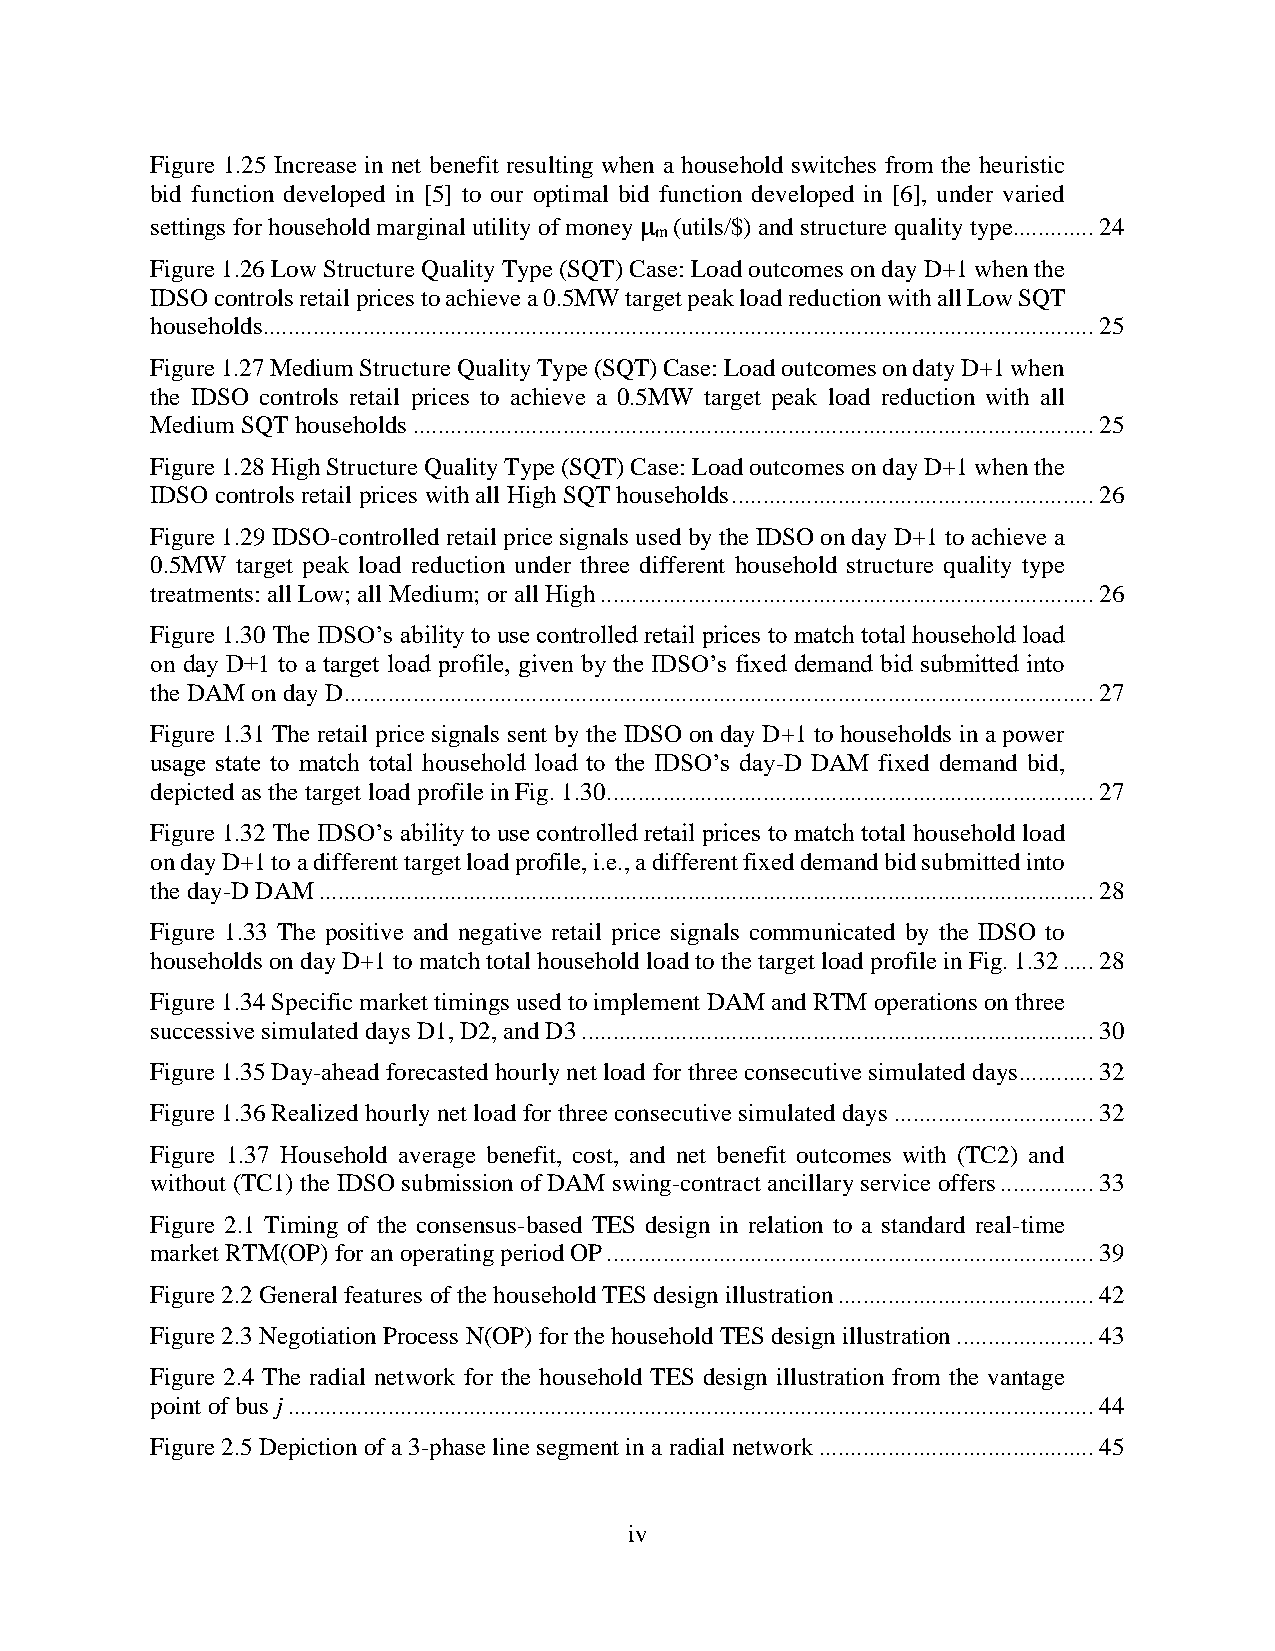
Figure 1.25 Increase in net benefit resulting when a household switches from the heuristic
 bid function developed in [5] to our optimal bid function developed in [6], under varied
 settings for household marginal utility of money μ
 m
 (utils/$) and structure quality type............. 24
 Figure 1.26 Low Structure Quality Type (SQT) Case: Load outcomes on day D+1 when the
 IDSO controls retail prices to achieve a 0.5MW target peak load reduction with all Low SQT
 households..................................................................................................................................... 25
 Figure 1.27 Medium Structure Quality Type (SQT) Case: Load outcomes on daty D+1 when
 the IDSO controls retail prices to achieve a 0.5MW target peak load reduction with all
 Medium SQT households ............................................................................................................. 25
 Figure 1.28 High Structure Quality Type (SQT) Case: Load outcomes on day D+1 when the
 IDSO controls retail prices with all High SQT households .......................................................... 26
 Figure 1.29 IDSO-controlled retail price signals used by the IDSO on day D+1 to achieve a
 0.5MW target peak load reduction under three different household structure quality type
 treatments: all Low; all Medium; or all High ............................................................................... 26
 Figure 1.30 The IDSO’s ability to use controlled retail prices to match total household load
 on day D+1 to a target load profile, given by the IDSO’s fixed demand bid submitted into
 the DAM on day D ........................................................................................................................ 27
 Figure 1.31 The retail price signals sent by the IDSO on day D+1 to households in a power
 usage state to match total household load to the IDSO’s day-D DAM fixed demand bid,
 depicted as the target load profile in Fig. 1.30 .............................................................................. 27
 Figure 1.32 The IDSO’s ability to use controlled retail prices to match total household load
 on day D+1 to a different target load profile, i.e., a different fixed demand bid submitted into
 the day-D DAM ............................................................................................................................ 28
 Figure 1.33 The positive and negative retail price signals communicated by the IDSO to
 households on day D+1 to match total household load to the target load profile in Fig. 1.32 ..... 28
 Figure 1.34 Specific market timings used to implement DAM and RTM operations on three
 successive simulated days D1, D2, and D3 .................................................................................. 30
 Figure 1.35 Day-ahead forecasted hourly net load for three consecutive simulated days ............ 32
 Figure 1.36 Realized hourly net load for three consecutive simulated days ................................ 32
 Figure 1.37 Household average benefit, cost, and net benefit outcomes with (TC2) and
 without (TC1) the IDSO submission of DAM swing-contract ancillary service offers ............... 33
 Figure 2.1 Timing of the consensus-based TES design in relation to a standard real-time
 market RTM(OP) for an operating period OP .............................................................................. 39
 Figure 2.2 General features of the household TES design illustration ......................................... 42
 Figure 2.3 Negotiation Process N(OP) for the household TES design illustration ...................... 43
 Figure 2.4 The radial network for the household TES design illustration from the vantage
 point of bus j ................................................................................................................................. 44
 Figure 2.5 Depiction of a 3-phase line segment in a radial network ............................................ 45
 iv